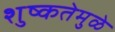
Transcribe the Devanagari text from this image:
शुष्कतेमुळे